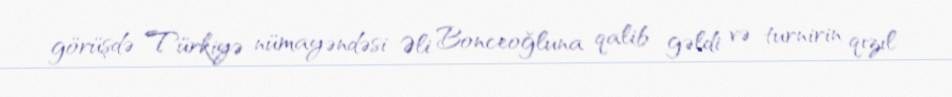
görüşdə Türkiyə nümayəndəsi Əli Bonceoğluna qalib gəldi və turnirin qızıl